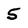
Character: 5